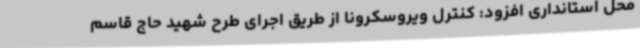
محل استانداری افزود: کنترل ویروسکرونا از طریق اجرای طرح شهید حاج قاسم